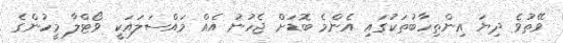
ވޭތުވެ ދިޔަ އިންތިހާބުތަކުގައި އެންމެ ބޮޑަށް ޖެހުނު އެއް މައްސަލައަކީ ވޯޓްލާ މީހުންގެ